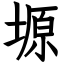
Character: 塬